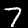
Label: 7